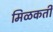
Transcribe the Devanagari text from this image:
मिळकती